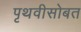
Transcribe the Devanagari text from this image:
पृथवीसोबत